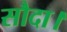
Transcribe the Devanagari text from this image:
सौदा।